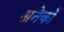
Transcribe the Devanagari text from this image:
अनेकोँ